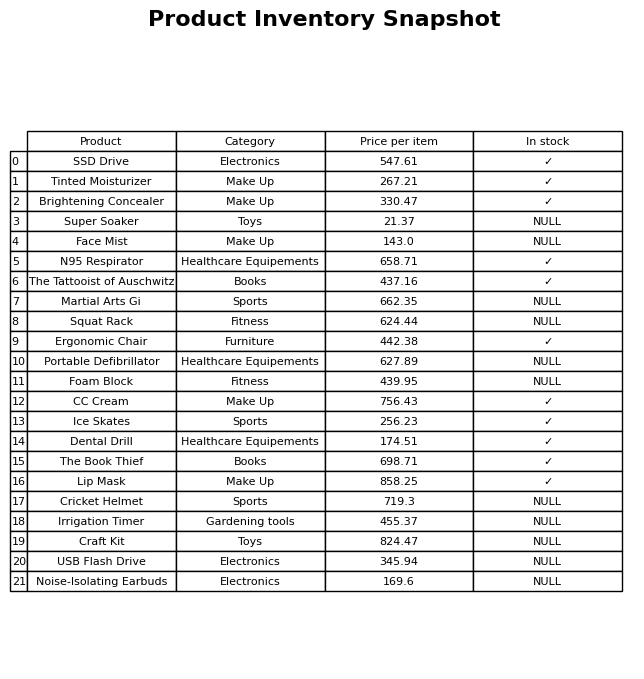
question: What is the price for Lip Mask?
answer: The price of Lip Mask is 858.25.